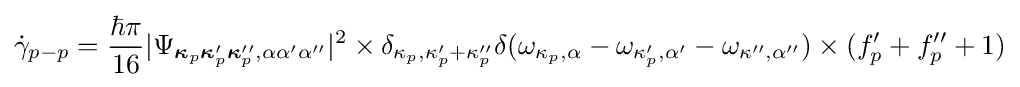
{\dot {\gamma }}_{p-p}={\frac {\hbar \pi }{16}}|\Psi _{{\boldsymbol {\kappa }}_{p}{\boldsymbol {\kappa }}_{p}'{\boldsymbol {\kappa }}_{p}'',\alpha \alpha '\alpha ''}|^{2}\times \delta _{\kappa _{p},\kappa _{p}'+\kappa _{p}''}\delta (\omega _{\kappa _{p},\alpha }-\omega _{\kappa _{p}',\alpha '}-\omega _{\kappa '',\alpha ''})\times (f_{p}'+f_{p}''+1)